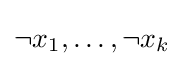
\neg x_{1},\dots ,\neg x_{k}